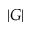
| G |